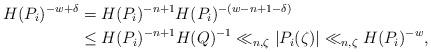
LaTeX: \begin{align*}H(P_{i})^{-w+\delta}&= H(P_{i})^{-n+1}H(P_{i})^{-(w-n+1-\delta)}\\&\leq H(P_{i})^{-n+1}H(Q)^{-1}\ll_{n,\zeta} \vert P_{i}(\zeta)\vert \ll_{n,\zeta} H(P_{i})^{-w},\end{align*}